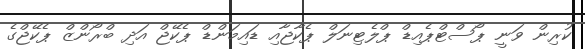
ކުރިން ވަނީ ޕޯސްޓްޕެއިޑް ޕްލެޓިނަލް ޕެކާޖާއި ޑައިމަންޑް ޕެކޭޖް އަދި ބްރޯންޒް ޕެކޭޖްގެ